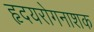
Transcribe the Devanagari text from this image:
हृदयरोगनाशक